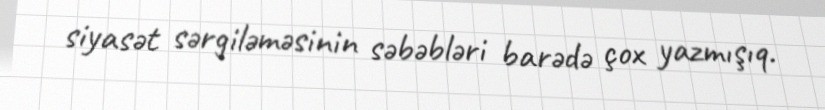
siyasət sərgiləməsinin səbəbləri barədə çox yazmışıq.